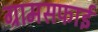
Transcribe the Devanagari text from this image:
ग्रामसफाई